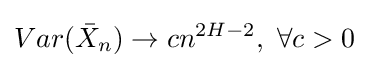
Var({\bar {X}}_{n})\to cn^{2H-2},~\forall c>0